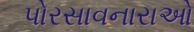
પોરસાવનારાઓ